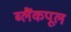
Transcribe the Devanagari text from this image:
ब्लैंकपूल